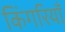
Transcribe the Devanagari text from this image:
किंगरियाँ